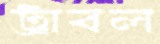
ট্রাবল